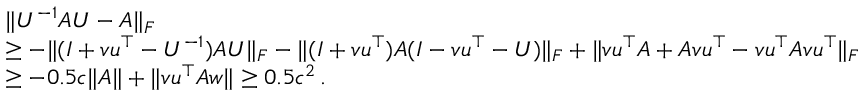
\begin{array} { r l } & { \ensuremath { \lVert U ^ { - 1 } A U - A \rVert } _ { F } } \\ & { \geq - \ensuremath { \lVert ( I + v u ^ { \top } - U ^ { - 1 } ) A U \rVert } _ { F } - \ensuremath { \lVert ( I + v u ^ { \top } ) A ( I - v u ^ { \top } - U ) \rVert } _ { F } + \ensuremath { \lVert v u ^ { \top } A + A v u ^ { \top } - v u ^ { \top } A v u ^ { \top } \rVert } _ { F } } \\ & { \geq - 0 . 5 c \ensuremath { \lVert A \rVert } + \ensuremath { \lVert v u ^ { \top } A w \rVert } \geq 0 . 5 c ^ { 2 } \, . } \end{array}